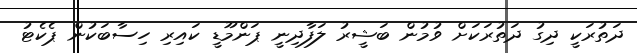
ދަތުރަކީ ދިގު ދަތުރަކަށް ވުމުން ބަޝީރު ލަފާދިނީ ޕަންމޫޑީ ކައިރި ހިސާބަކުން ޕެކެޓު